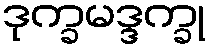
ဒုက္ခမဒ္ဒက္ခု